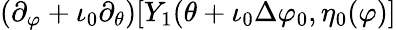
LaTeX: (\partial_{\varphi}+\iota_{0}\partial_{\theta})[Y_{1}(\theta+\iota_{0}\Delta\varphi_{0},\eta_{0}(\varphi)]